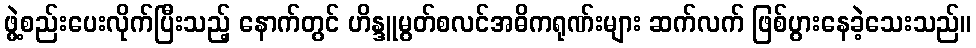
ဖွဲ့စည်းပေးလိုက်ပြီးသည့် နောက်တွင် ဟိန္ဒူမွတ်စလင်အဓိကရုဏ်းများ ဆက်လက် ဖြစ်ပွားနေခဲ့သေးသည်။